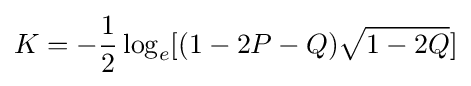
K=-{\frac {1}{2}}\log _{e}[(1-2P-Q){\sqrt {1-2Q}}]